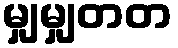
မျှမျှတတ